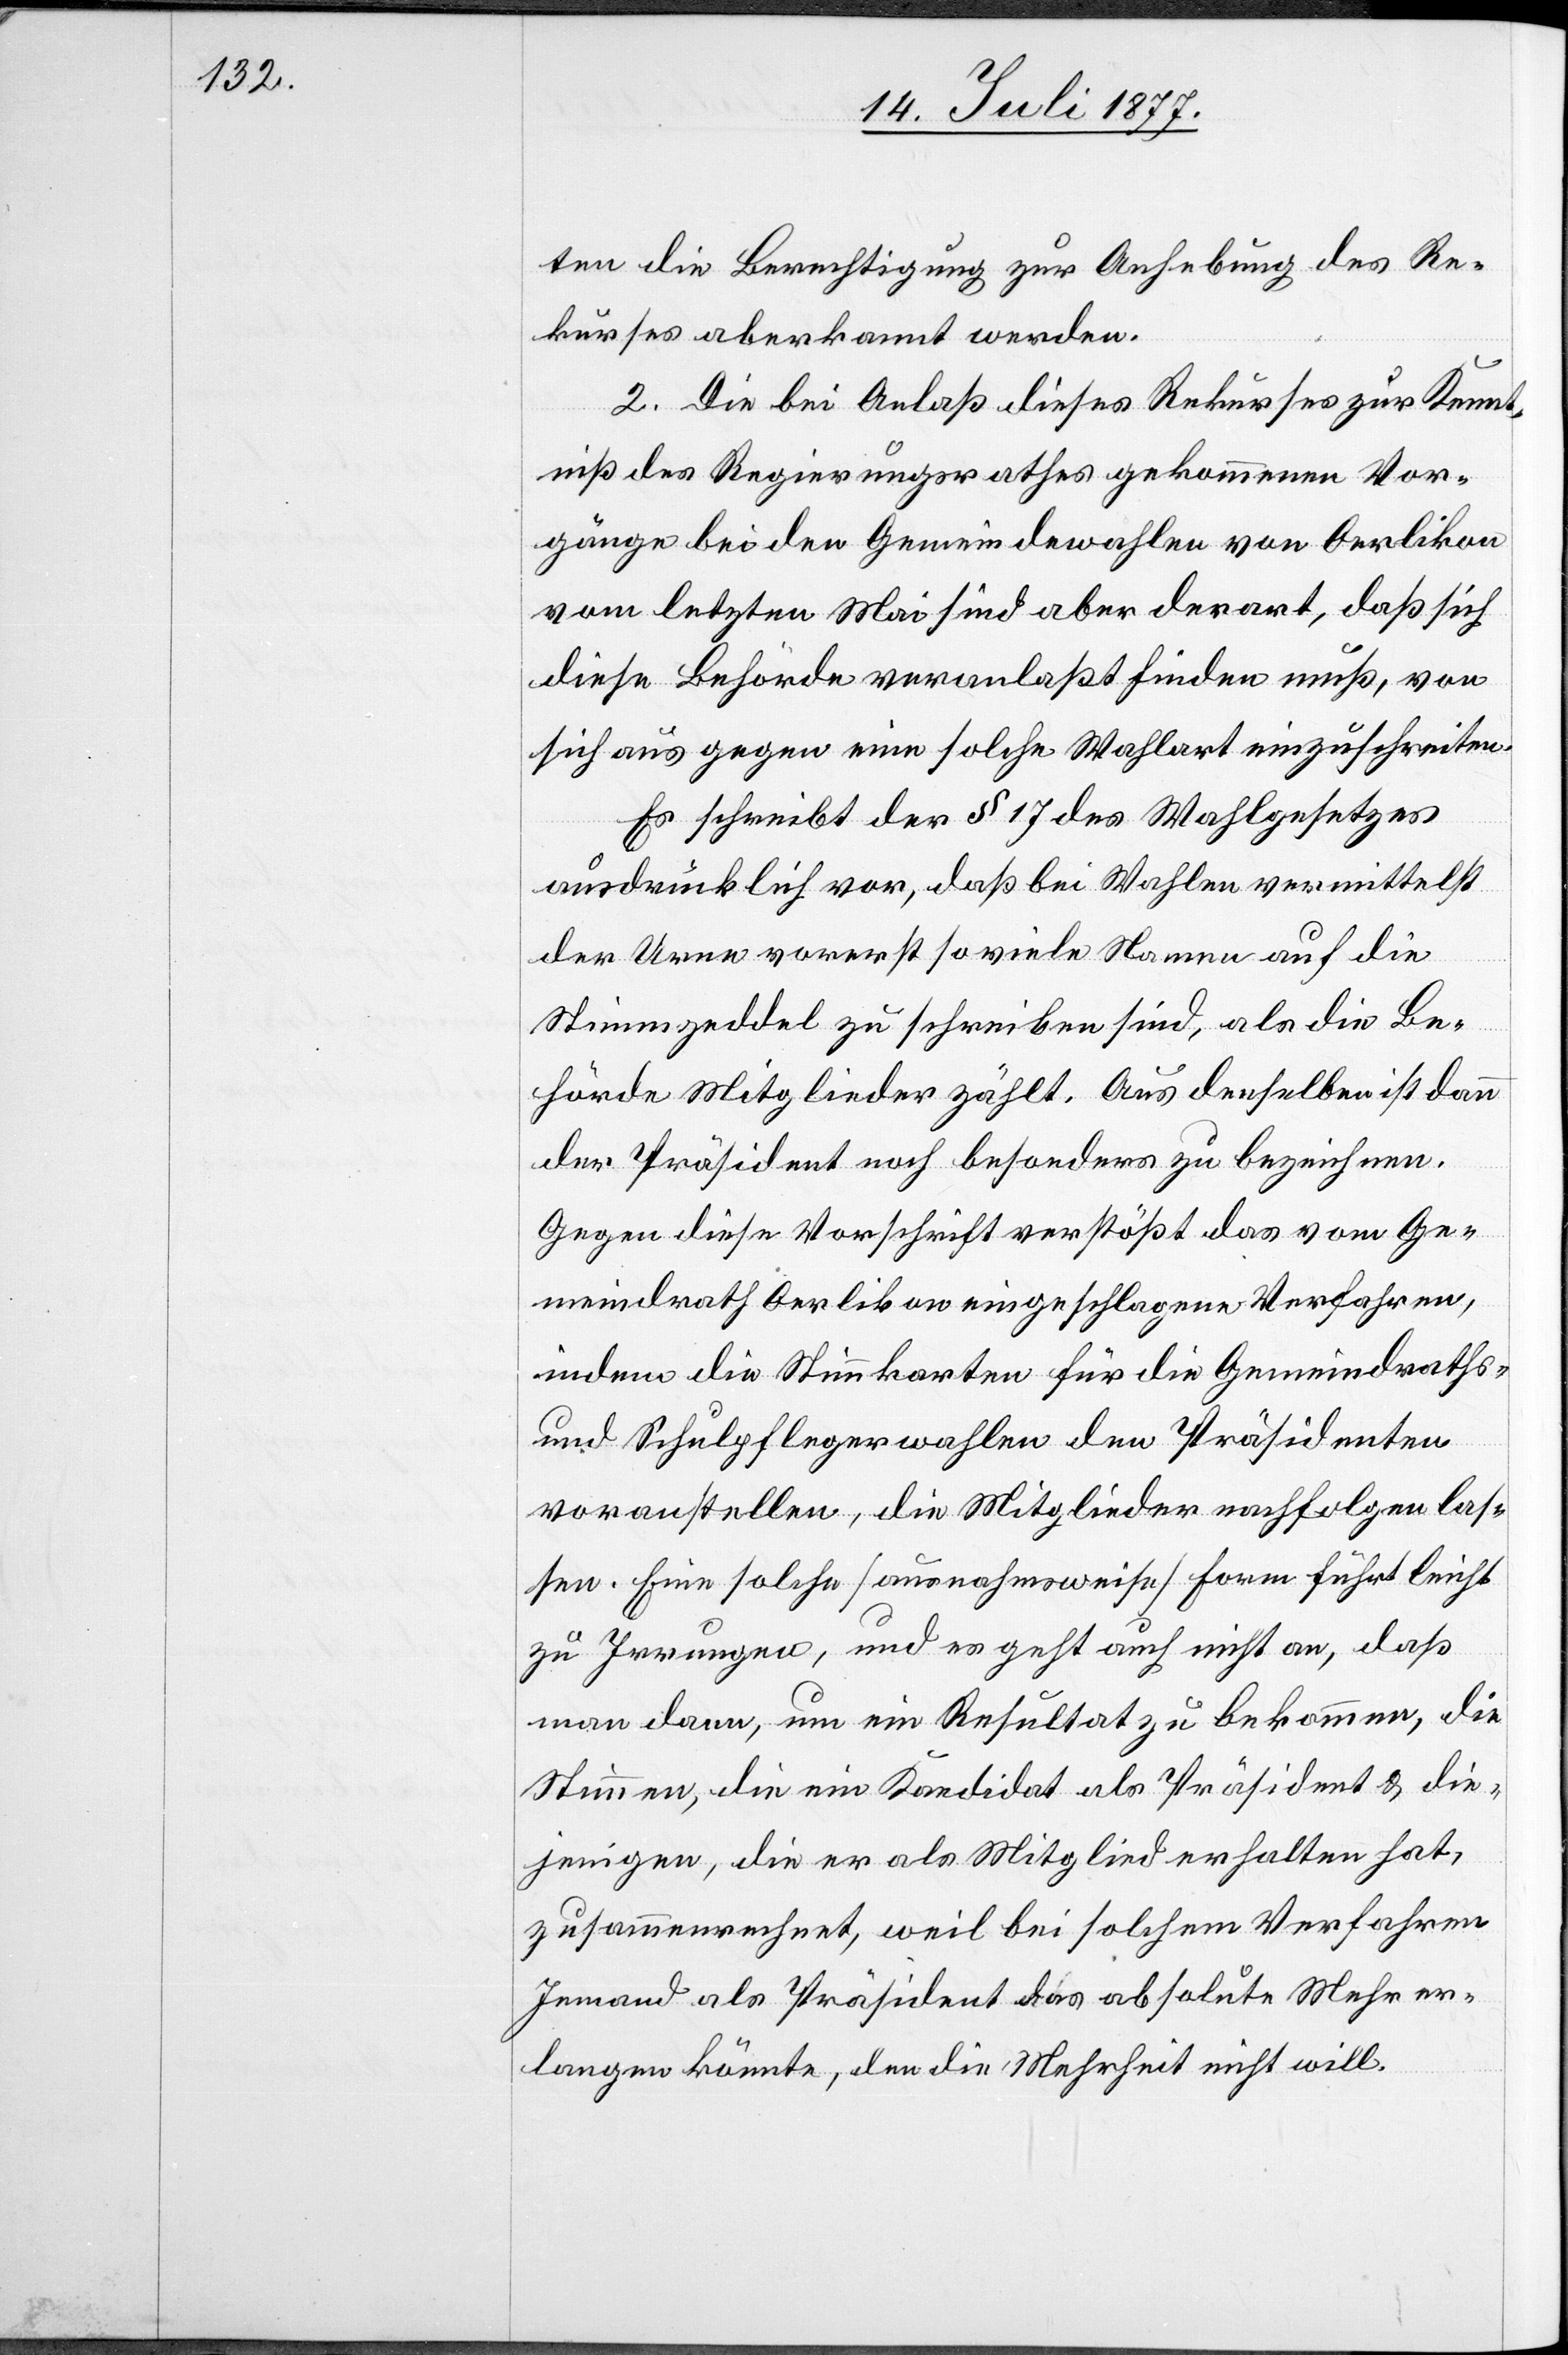
ten die Berechtigung zur Anhebung des Re¬
kurses aberkannt werden.
2. Die bei Anlaß dieses Rekurses zur Kennt¬
niß des Regierungsrathes gekommenen Vor¬
gänge bei den Gemeindewahlen von Oerlikon
vom letzten Mai sind aber derart, daß sich
diese Behörde veranlaßt finden muß, von
sich aus gegen eine solche Wahlart einzuschreiten.
Es schreibt der § 17 des Wahlgesetzes
ausdrücklich vor, daß bei Wahlen vermittelst
der Urne vorerst so viele Namen auf die
Stimmzeddel zu schreiben sind, als die Be¬
hörde Mitglieder zählt. Aus denselben ist dann
der Präsident noch besonders zu bezeichnen.
Gegen diese Vorschrift verstößt das vom Ge¬
meindrath Oerlikon eingeschlagene Verfahren,
indem die Stimmkarten für die Gemeindraths-
und Schulpflegerwahlen den Präsidenten
voranstellen, die Mitglieder nachfolgen las¬
sen. Eine solche [ausnahmsweise] Form führt leicht
zu Irrungen, und es geht auch nicht an, daß
man dann, um ein Resultat zu bekommen, die
Stimmen, die ein Kandidat als Präsident & die¬
jenigen, die er als Mitglied erhalten hat,
zusammenrechnet, weil bei solchem Verfahren
Jemand als Präsident das absolute Mehr er¬
langen könnte, den die Mehrheit nicht will.